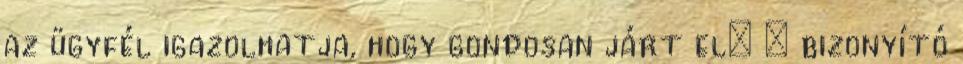
az ügyfél igazolhatja, hogy gondosan járt el;  bizonyító